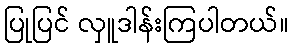
ပြုပြင် လှူဒါန်းကြပါတယ်။